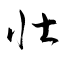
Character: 壯